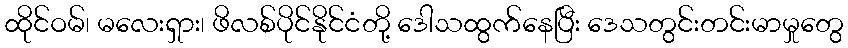
ထိုင်ဝမ်၊ မလေးရှား၊ ဖိလစ်ပိုင်နိုင်ငံတို့ ဒေါသထွက်နေပြီး ဒေသတွင်းတင်းမာမှုတွေ